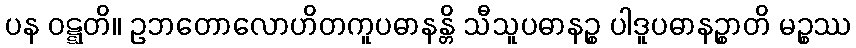
ပန ဝဋ္ဋတိ။ ဥဘတောလောဟိတကူပဓာနန္တိ သီသူပဓာနဉ္စ ပါဒူပဓာနဉ္စာတိ မဉ္စဿ